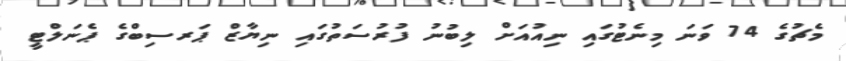
މެޗުގެ 74 ވަނަ މިނެޓުގައި ނިއުއަށް ލިބުނު ފުރުސަތުގައި ނިޔާޒް ޕަރސިބްގެ ޕެނަލްޓީ